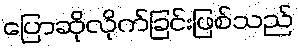
ပြောဆိုလိုက်ခြင်းဖြစ်သည်